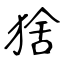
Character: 猞